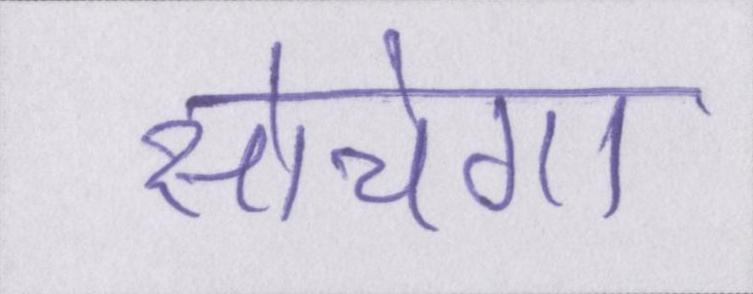
सोचेगा